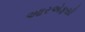
આરએફસી